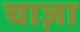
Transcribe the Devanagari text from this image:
चाज़ा